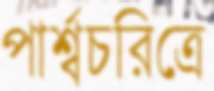
পার্শ্বচরিত্রে